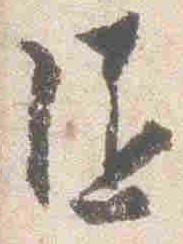
随